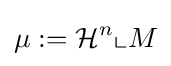
\mu :={\mathcal {H}}^{n}\llcorner M